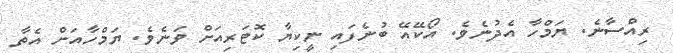
ރިއްސާނެ. ޔަމްހާ އެދުނެވެ. އޯކޭއޭ ބުނެފައި ނީކިޔާ ކޮޓަރިއަށް ވަނެވެ. ޔަމްހާއަށް އެތާ